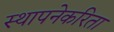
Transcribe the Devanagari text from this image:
स्थापनेकरिता